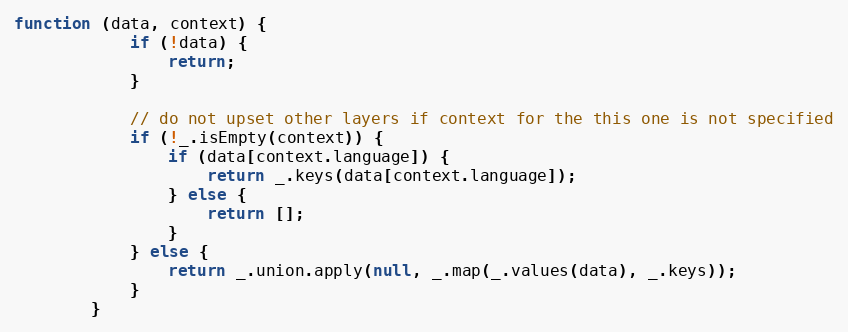
Language: JavaScript
function (data, context) {
            if (!data) {
                return;
            }

            // do not upset other layers if context for the this one is not specified
            if (!_.isEmpty(context)) {
                if (data[context.language]) {
                    return _.keys(data[context.language]);
                } else {
                    return [];
                }
            } else {
                return _.union.apply(null, _.map(_.values(data), _.keys));
            }
        }